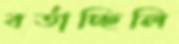
বর্তাচ্ছিলি